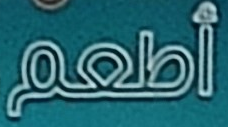
أطعم